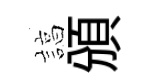
諄頒